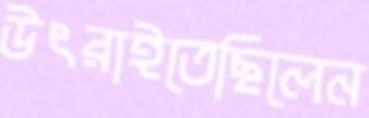
উৎরাইতেছিলেন